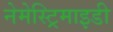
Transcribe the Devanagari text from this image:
नेमेस्ट्रिमाइडी